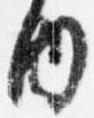
内